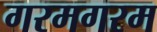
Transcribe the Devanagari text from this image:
गरमगरम